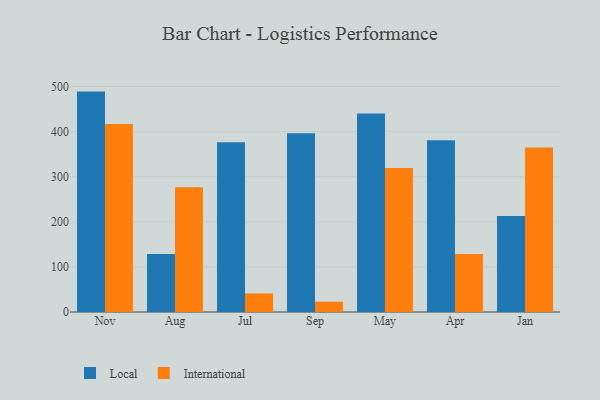
{"axis": {"x": "Month", "y": "LTV (USD)"}, "legend": ["International", "Local"], "data": [{"x": "Nov", "y": 488.6, "type": "Local"}, {"x": "Nov", "y": 417.0, "type": "International"}, {"x": "Aug", "y": 128.4, "type": "Local"}, {"x": "Aug", "y": 276.8, "type": "International"}, {"x": "Jul", "y": 376.1, "type": "Local"}, {"x": "Jul", "y": 41.2, "type": "International"}, {"x": "Sep", "y": 396.4, "type": "Local"}, {"x": "Sep", "y": 22.9, "type": "International"}, {"x": "May", "y": 440.3, "type": "Local"}, {"x": "May", "y": 319.3, "type": "International"}, {"x": "Apr", "y": 380.5, "type": "Local"}, {"x": "Apr", "y": 128.4, "type": "International"}, {"x": "Jan", "y": 213.0, "type": "Local"}, {"x": "Jan", "y": 364.4, "type": "International"}]}